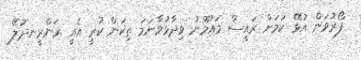
ފޯރުވަން އުޅޭ ކަމަށް ރައީސް މައުމޫނު ވިދާޅުވާނަމަ ތިކަން ކުރީ އެއީ ރަންރީނދުލޭ